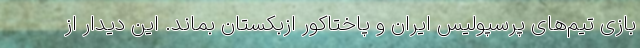
بازی تیم‌های پرسپولیس ایران و پاختاکور ازبکستان بماند. این دیدار از